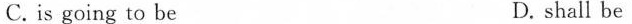
C.is going to be D. shall be